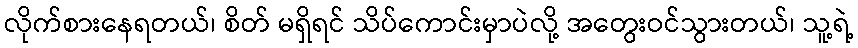
လိုက်စားနေရတယ်၊ စိတ် မရှိရင် သိပ်ကောင်းမှာပဲလို့ အတွေးဝင်သွားတယ်၊ သူ့ရဲ့